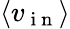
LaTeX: \langle v_{\mathrm{~i~n~}}\rangle